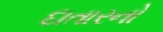
દાતારનો